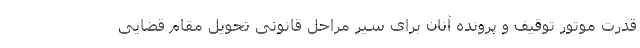
قدرت موتور توقیف و پرونده‌ آنان برای سیر مراحل قانونی تحویل مقام قضایی